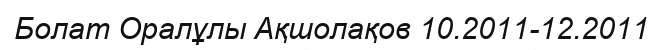
Болат Оралұлы Ақшолақов 10.2011-12.2011